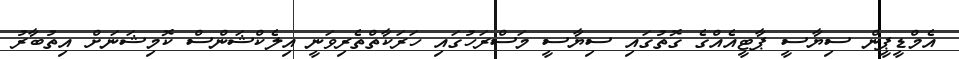
އެމްޑީޕީން ސިޔާސީ ޕާޓީއެއްގެ ގޮތުގައި ސިޔާސީ މަސްރަހުގައި ހަރަކާތްތެރިވަނީ އިލެކްޝަންސް ކޮމިޝަނަށް އިތުބާރު